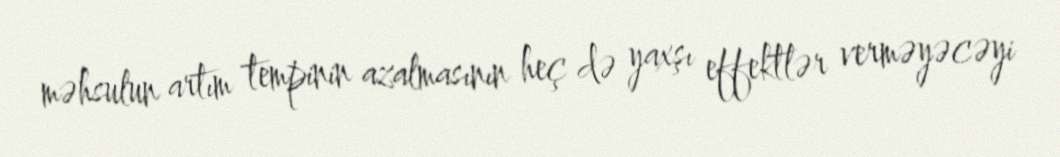
məhsulun artım tempinin azalmasının heç də yaxşı effektlər verməyəcəyi